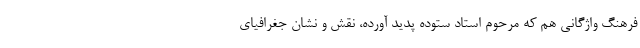
فرهنگِ واژگانی هم که مرحوم استاد ستوده پدید آورده، نقش و نشان جغرافیای